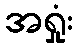
အရှုံး